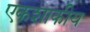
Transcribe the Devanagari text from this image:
एकशाकीय